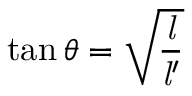
\tan \theta = { \sqrt { \frac { \mathit { l } } { { \mathit { l } } ^ { \prime } } } }